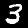
Label: 3